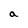
Character: a